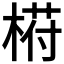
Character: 﨓